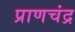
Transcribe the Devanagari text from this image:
प्राणचंद्र